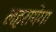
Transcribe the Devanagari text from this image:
लहरायेगा